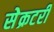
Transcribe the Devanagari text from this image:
सेेक्रटरी